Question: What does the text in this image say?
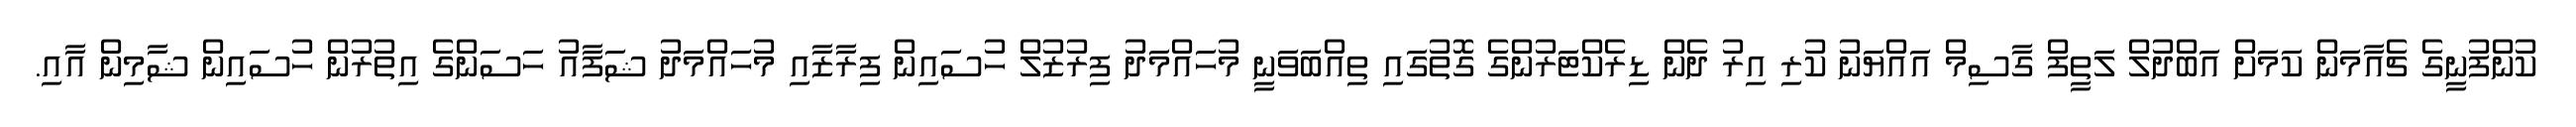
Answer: ކުންފުނީގެ ޗެއާމަން ކަމަށް އަބްދުލް ލަތީފް ގާސިމް އައްޔަނު ކުރި އިރު ދެން ޑިރެކްޓަރުންގެ ގޮތުގައި ތިއްބަވަނީ މުހައްމަދު ފިރުޒުލް ހުސައިން ފިރާޒާއި މުހައްމަދު ޝަފާއު ހަސަންގެ އިތުރުން ހުސައިން ޝާމިން އާއި.